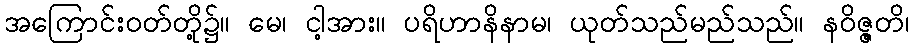
အကြောင်းဝတ်တို့၌။ မေ၊ ငါ့အား။ ပရိဟာနိနာမ၊ ယုတ်သည်မည်သည်။ နဝိဇ္ဇတိ၊